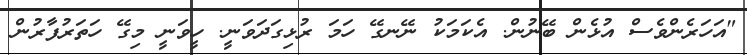
"އަހަރެންވެސް އުޅެން ބޭނުން. އެކަމަކު ނޭނގޭ ހަމަ ރުޅިގަދަވަނީ. ހީވަނީ މިގޭ ހަތަރުފާރުން